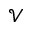
\mathcal { V }